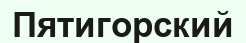
Пятигорский